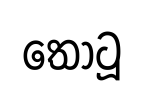
තොටූ